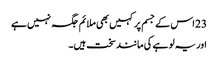
23 اس کے جسم پر کہیں بھی ملائم جگہ نہیں ہے
اور یہ لو ہے کی مانند سخت ہیں۔